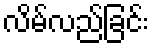
လိမ်လည်ခြင်း